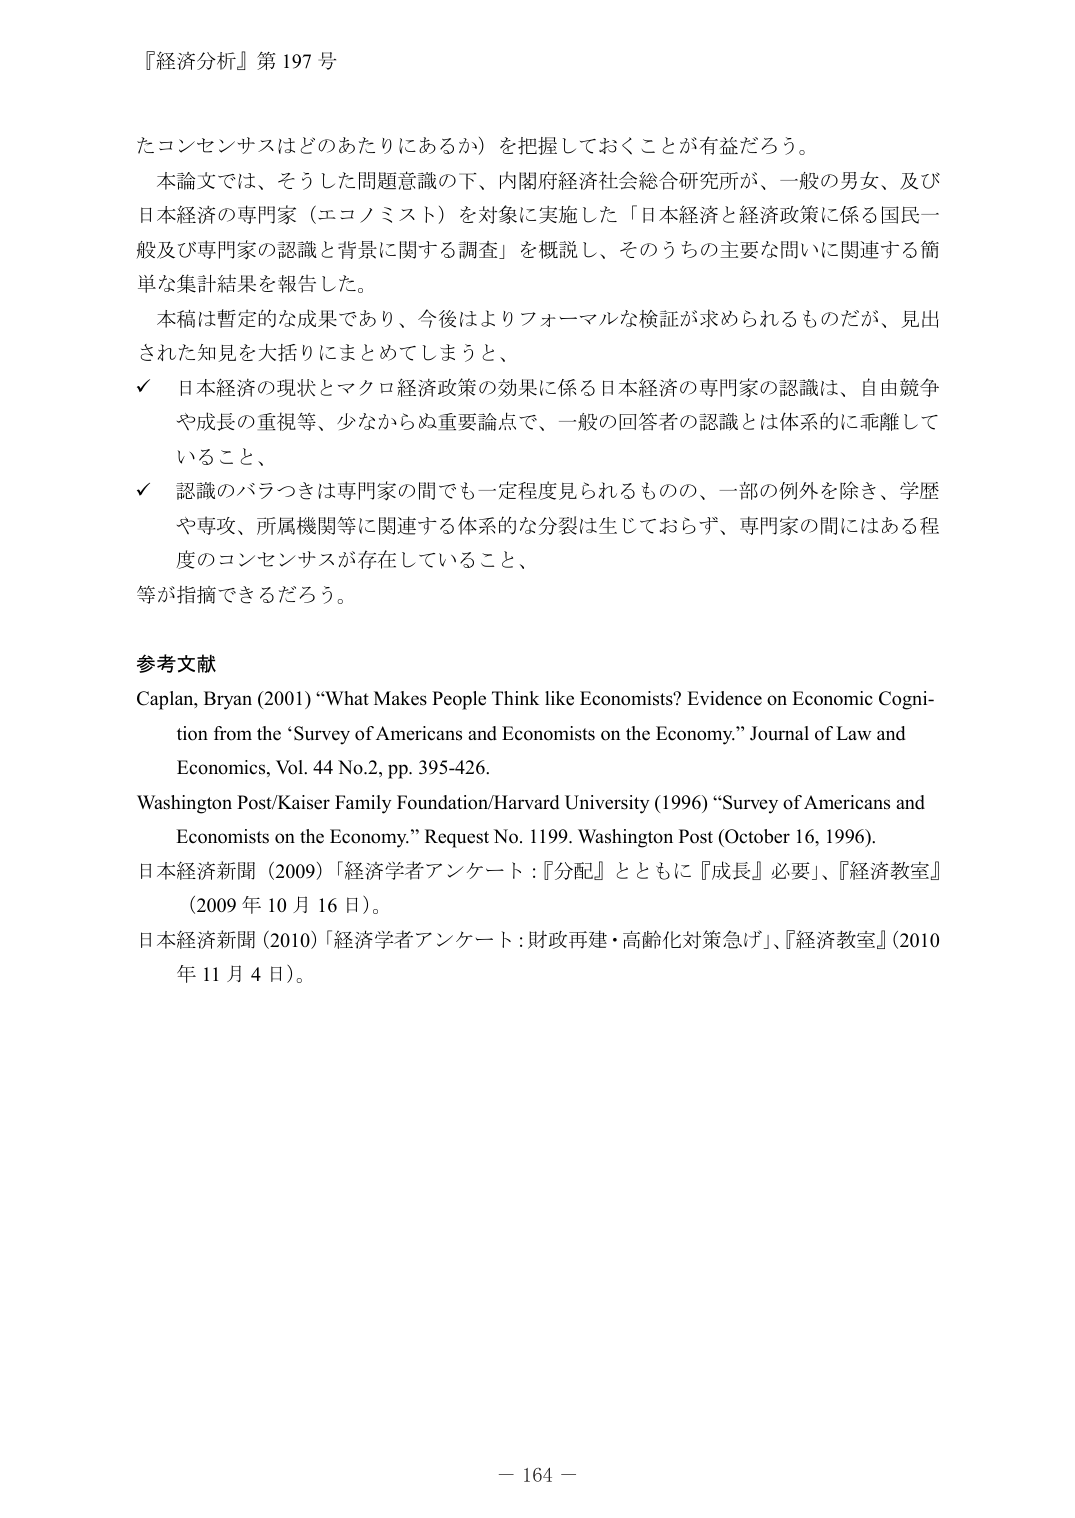
『経済分析』第197号

たコンセンサスはどのあたりにあるか）を把握しておくことが有益だろう。
本論文では、そうした問題意識の下、内閣府経済社会総合研究所が、一般の男女、及び
日本経済の専門家（エコノミスト）を対象に実施した「日本経済と経済政策に係る国民一
般及び専門家の認識と背景に関する調査」を概説し、そのうちの主要な問いに関連する簡
単な集計結果を報告した。
本稿は暫定的な成果であり、今後はよりフォーマルな検証が求められるものだが、見出
された知見を大括りにまとめてしまうと、
✓ 日本経済の現状とマクロ経済政策の効果に係る日本経済の専門家の認識は、自由競争
や成長の重視等、少なからぬ重要論点で、一般の回答者の認識とは体系的に乖離して
いること、
✓ 認識のバラつきは専門家の間でも一定程度見られるものの、一部の例外を除き、学歴
や専攻、所属機関等に関連する体系的な分裂は生じておらず、専門家の間にはある程
度のコンセンサスが存在していること、
等が指摘できるだろう。

参考文献
Caplan, Bryan (2001) “What Makes People Think like Economists? Evidence on Economic Cognition from the ‘Survey of Americans and Economists on the Economy.’” Journal of Law and Economics, Vol. 44 No.2, pp. 395-426.
Washington Post/Kaiser Family Foundation/Harvard University (1996) “Survey of Americans and Economists on the Economy.” Request No. 1199. Washington Post (October 16, 1996).
日本経済新聞（2009）「経済学者アンケート：『分配』とともに『成長』必要」、『経済教室』（2009年10月16日）。
日本経済新聞（2010）「経済学者アンケート：財政再建・高齢化対策急げ」、『経済教室』（2010年11月4日）。

－ 164 －